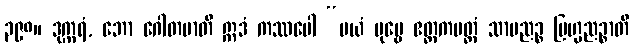
၃၉၈။ ဒုက္ကရံ, ဘော ဂေါတမာတိ ဣဒံ ကဿပေါ “မယံ ပုဗ္ဗေ ဧတ္တကမတ္တံ သာမညဉ္စ ဗြဟ္မညဉ္စာတိ